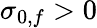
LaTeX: \sigma_{0,f}>0